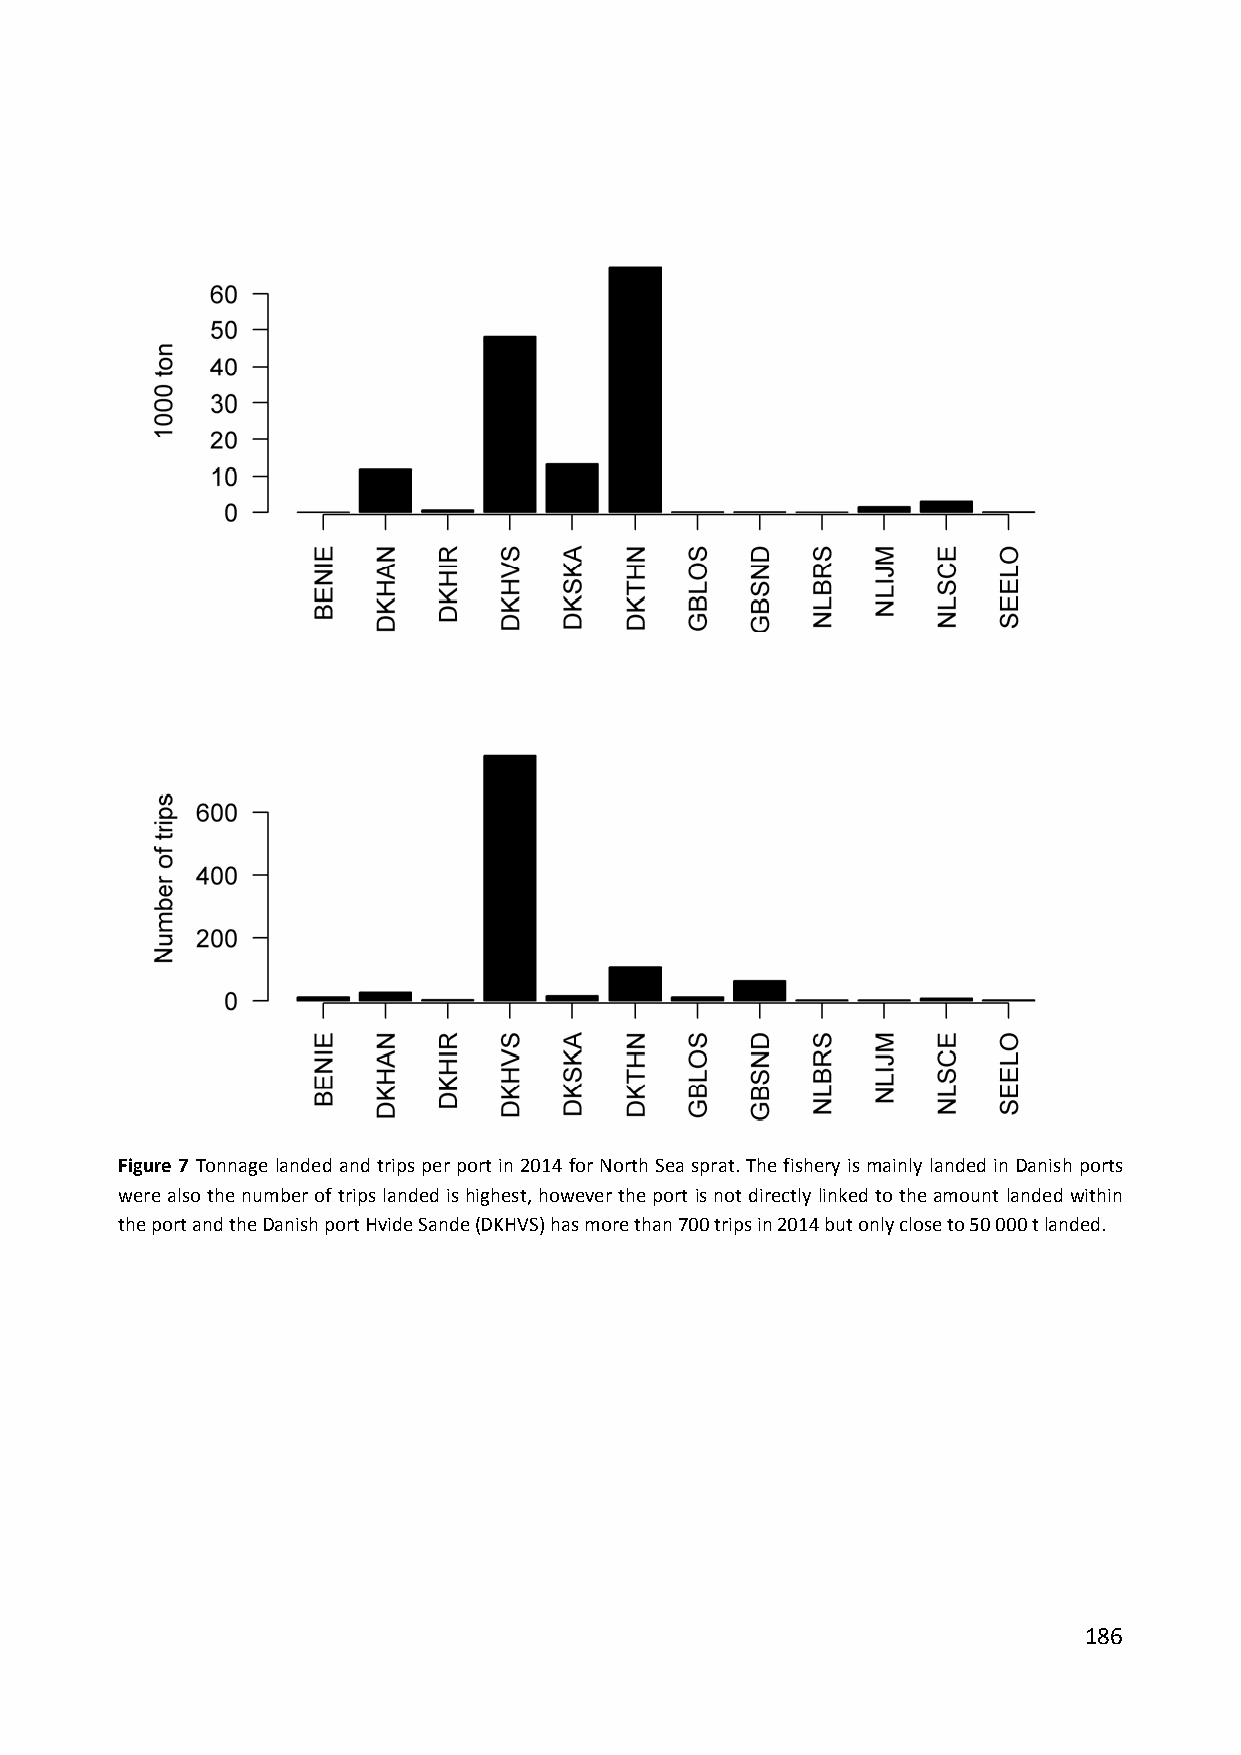
Figure 7 Tonnage landed and trips per port in 2014 for North Sea sprat. The fishery is mainly landed in Danish ports
 were also the number of trips landed is highest, however the port is not directly linked to the amount landed within
 the port and the Danish port Hvide Sande (DKHVS) has more than 700 trips in 2014 but only close to 50 000 t landed.
 186